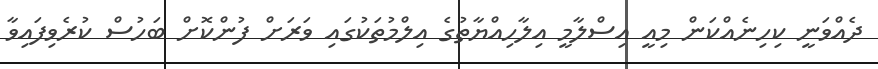
ދެއްވަނީ ކިހިނެއްކަން މިއީ އިސްލާމީ އިލާހިއްޔާތުގެ އިލްމުތަކުގައި ވަރަށް ފުންކޮށް ބަހުސް ކުރެވިފައިވާ